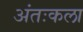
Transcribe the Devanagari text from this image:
अंतःकला